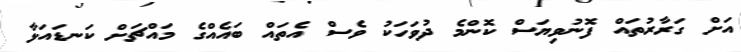
އަށް ގަރާރުތައް ފޮނުވިޔަސް ކޮންމެ ދުވަހަކު ވެސް އެތައް ބައެއްގެ މައްޗަށް ކަނޑައަޅާ